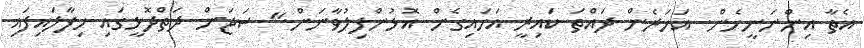
އެތާ އިންނަނީހެން. އަހަރެން ދައްތަ ކައިރީ އަހައިގެން އޮޅުންފިލުވާނަން." ސަޖަން ދަތްދޮޅީގައި ހިފާލައިފައި